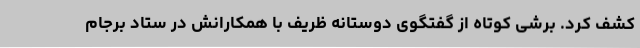
کشف کرد. برشی کوتاه از گفتگوی دوستانه ظریف با همکارانش در ستاد برجام